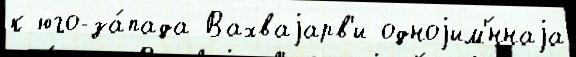
к юго-за́пада Вахваjарв'и одноjим'́ннаjа